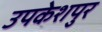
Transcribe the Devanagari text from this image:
उपकेशपुर